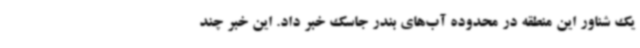
یک شناور این منطقه در محدوده آب‌های بندر جاسک خبر داد. این خبر چند